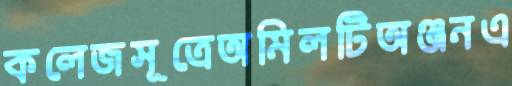
কলেজসূত্রেঅমিলটিঅঞ্জনএ